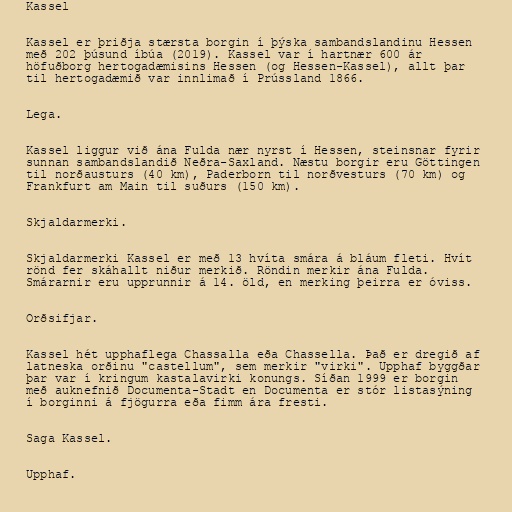
Kassel

Kassel er þriðja stærsta borgin í þýska sambandslandinu Hessen
með 202 þúsund íbúa (2019). Kassel var í hartnær 600 ár
höfuðborg hertogadæmisins Hessen (og Hessen-Kassel), allt þar
til hertogadæmið var innlimað í Prússland 1866.

Lega.

Kassel liggur við ána Fulda nær nyrst í Hessen, steinsnar fyrir
sunnan sambandslandið Neðra-Saxland. Næstu borgir eru Göttingen
til norðausturs (40 km), Paderborn til norðvesturs (70 km) og
Frankfurt am Main til suðurs (150 km).

Skjaldarmerki.

Skjaldarmerki Kassel er með 13 hvíta smára á bláum fleti. Hvít
rönd fer skáhallt niður merkið. Röndin merkir ána Fulda.
Smárarnir eru upprunnir á 14. öld, en merking þeirra er óviss.

Orðsifjar.

Kassel hét upphaflega Chassalla eða Chassella. Það er dregið af
latneska orðinu "castellum", sem merkir "virki". Upphaf byggðar
þar var í kringum kastalavirki konungs. Síðan 1999 er borgin
með auknefnið Documenta-Stadt en Documenta er stór listasýning
í borginni á fjögurra eða fimm ára fresti.

Saga Kassel.

Upphaf.